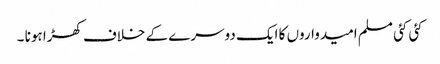
کئی کئی مسلم امیدواروں کا ایک دوسرے کے خلاف کھڑا ہونا ۔